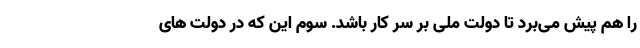
را هم پیش می‌برد تا دولت ملی بر سر کار باشد. سوم این که در دولت های